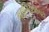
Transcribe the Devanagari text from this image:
महानिदेशकपदी